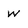
Character: w